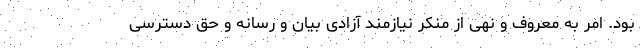
بود. امر به معروف و نهی از منکر نیازمند آزادی بیان و رسانه و حق دسترسی